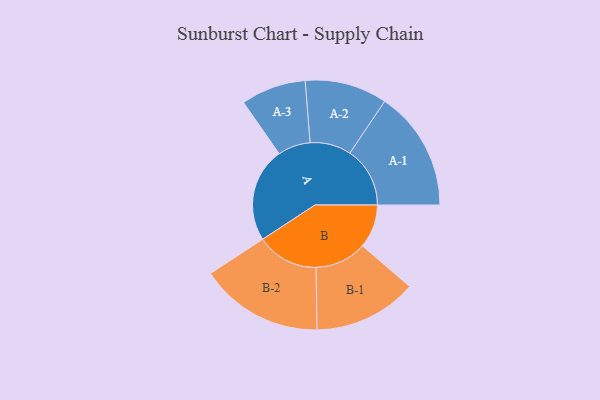
{"axis": {"x": "Segment", "y": "Value"}, "legend": ["", "A", "B"], "data": [{"x": "A", "y": 384, "type": ""}, {"x": "B", "y": 177, "type": ""}, {"x": "A-1", "y": 244, "type": "A"}, {"x": "A-2", "y": 167, "type": "A"}, {"x": "A-3", "y": 132, "type": "A"}, {"x": "B-1", "y": 210, "type": "B"}, {"x": "B-2", "y": 251, "type": "B"}]}